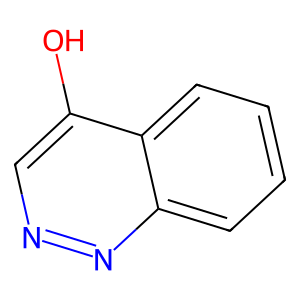
SMILES: Oc1cnnc2ccccc12
Inhibits HIV replication: No